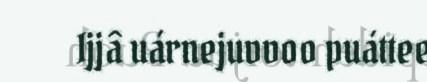
Ijjâ uárnejuvvoo puáttee